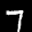
Label: 7